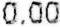
0.00